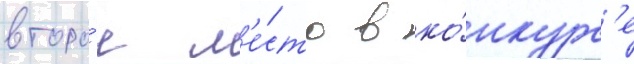
второ́е м'е́сто в ко́нкурс'е